Sketch of the medical history of the native army of Bombay, for the year
Year: 1870
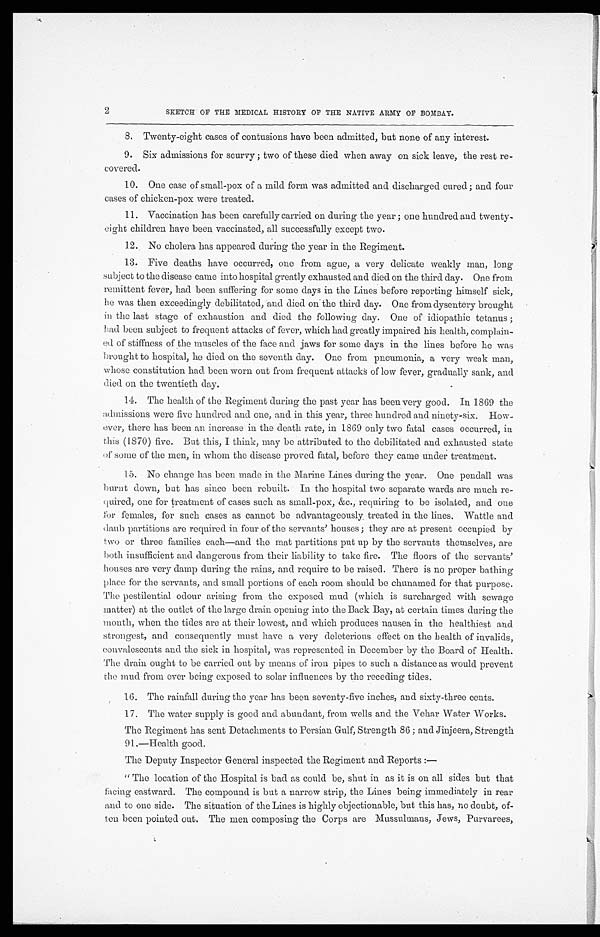
2
SKETCH OF THE MEDICAL HISTORY OF THE NATIVE ARMY OF BOMBAY.
8. Twenty-eight cases of contusions have been admitted, but none of any interest.
9. Six admissions for scurvy ; two of these died when away on sick leave, the rest re--
covered.
10. One case of small-pox of a mild form was admitted and discharged cured; and four
cases of chicken-pox were treated.
11. Vaccination has been carefully carried on during the year ; one hundred and twenty
-eight children have been vaccinated, all successfully except two.
12. No cholera has appeared during the year in the Regiment.
13. Five deaths have occurred, one from ague, a very delicate weakly man, long
subject to the disease came into hospital greatly exhausted and died on the third day. One from
remittent fever, had been suffering for some days in the Lines before reporting himself sick,
he was then exceedingly debilitated, and died on the third day. One from dysentery brought
in the last stage of exhaustion and died the following day. One of idiopathic tetanus ;
had been subject to frequent attacks of fever, which had greatly impaired. his health, complain
-ed of stiffness of the muscles of the face and jaws for some days in the lines before he was
brought to hospital, he died on the seventh day. One from pneumonia, a very weak man,
whose constitution had been worn out from frequent attacks of low fever, gradually sank, and
died on the twentieth day.
14. The health of the Regiment during the past year has been very good. In 1869 the
admissions were five hundred and one, and in this year, three hundred and ninety-six. How--
ever, there has been an increase in the death rate, in 1869 only two fatal cases occurred, in
this (1870) five. But this, I think, may be attributed to the debilitated and exhausted state
of some of the men, in whom the disease proved fatal, before they came under treatment.
15. No change has been made in the Marine Lines during the year. One pendall was
burnt down, bat has since been rebuilt. In the hospital two separate wards are much re--
quired, one for treatment of cases such as small-pox, &c., requiring to be isolated, and one
for females, for such cases as cannot be advantageously treated in the lines. Wattle and
daub partitions are required in four of the servants' houses ; they are at present occupied by
two or three families each—and the mat partitions put up by the servants themselves, are
both insufficient and dangerous from their liability to take fire. The floors of the servants'
houses are very damp during the rains, and require to be raised. There is no proper bathing
place for the servants, and small portions of each room should be chunamed for that purpose.
The pestilential odour arising from the exposed mud (which is surcharged with sewage
matter) at the outlet of the large drain opening into the Back Bay, at certain times during the
month, when the tides are at their lowest, and which produces nausea in the healthiest and
strongest, and consequently must have a very deleterious effect on the health of invalids,
convalescents and the sick in hospital, was represented in December by the Board of Health.
The drain ought to be carried out by means of iron pipes to such a distance as would prevent
the mud from ever being exposed to solar influences by the receding tides.
1 6 . T h e r a i n f a l l d u r i n g t h e y e a r h a s b e e n s e v e n t y - f i v e i n c h e s , a n d s i x t y - t h r e e c e n t s .
1 7 . T h e w a t e r s u p p l y i s g o o d a n d a b u n d a n t , f r o m w e l l s a n d t h e V e h a r W a t e r W o r k s .
The Regiment has sent Detachments to Persian Gulf, Strength 86 ; and Jinjeera, Strength
91.—Health good.
The Deputy Inspector General inspected the Regiment and Reports :
—
" The location of the Hospital is bad as could be, shut in as it is on all sides but that
facing eastward. The compound is but a narrow strip, the Lines being immediately in rear
and to one side. The situation of the Lines is highly objectionable, but this has, no doubt, of-
-ten been pointed out. The men composing the Corps are Mussulmans, Jews, Purvarees,